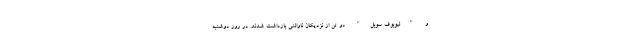
و "لیوبوف سوبل" دو تن از نزدیکان ناوالنی بازداشت شدند. در روز دوشنبه